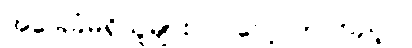
အခြေခံမရှိသူများလဲ လေ့လာကြည့်ပါ